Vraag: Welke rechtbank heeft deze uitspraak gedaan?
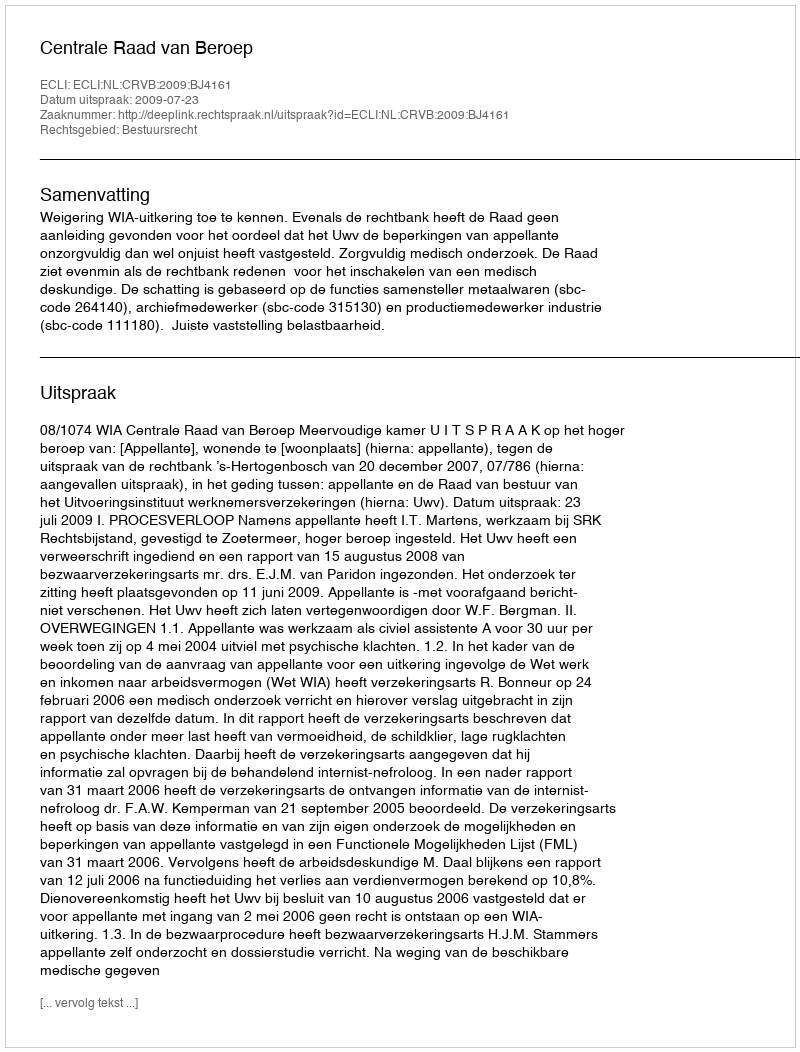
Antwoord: Centrale Raad van Beroep